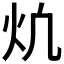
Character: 𪸎